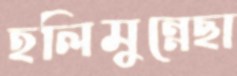
হলিমুন্নেছা